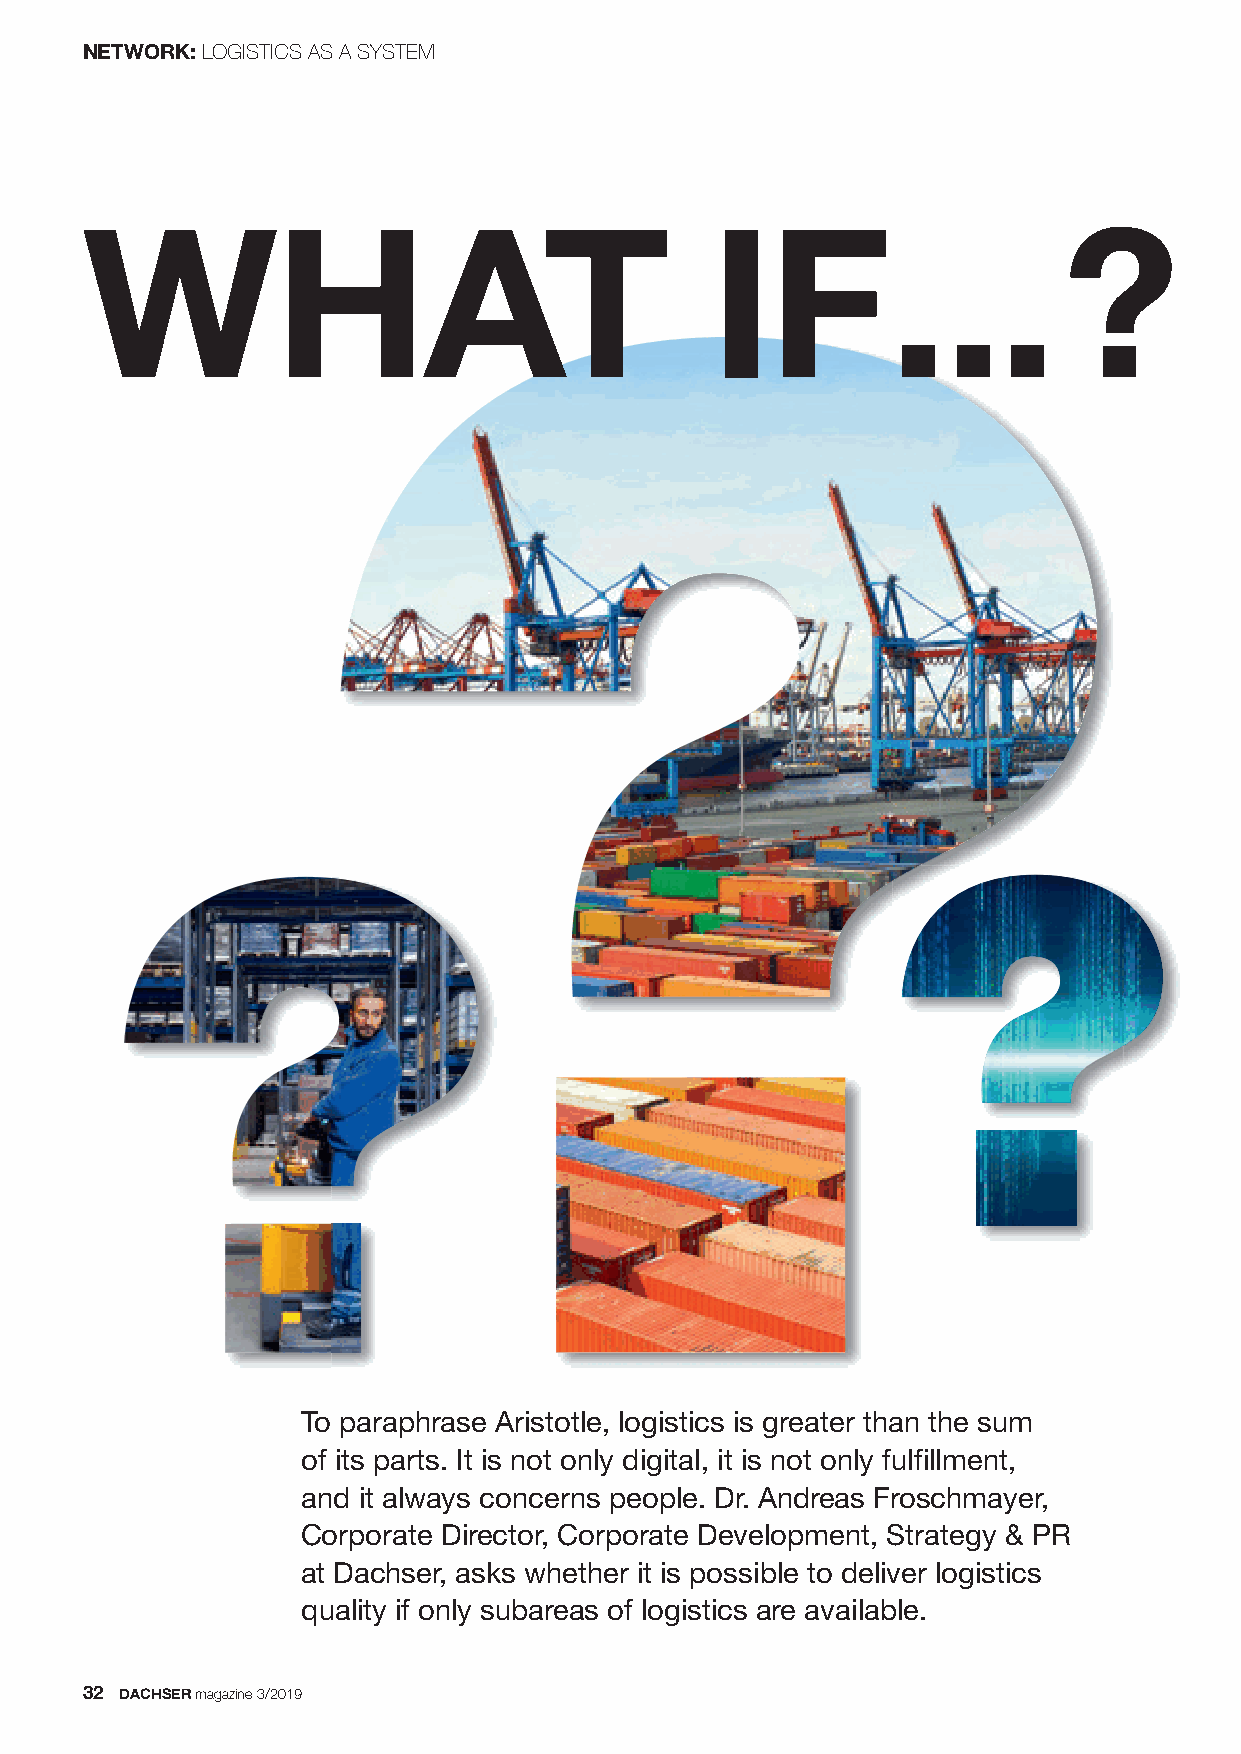
NETWORK:LOGISTICS AS A SYSTEM
 WHAT                                      IF...                  ?
 To paraphrase Aristotle, logistics is greater than the sum
 of its parts. It is not only digital, it is not only fulfillment,
 and it always concerns people. Dr. Andreas Froschmayer,
 Corporate Director, Corporate Development, Strategy & PR
 at Dachser, asks whether it is possible to deliver logistics
 quality if only subareas of logistics are available.
 32 DACHSERmagazine 3/2019